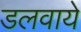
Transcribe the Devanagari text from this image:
डलवाये